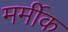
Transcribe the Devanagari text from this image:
मर्मीक